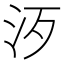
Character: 𣲠